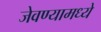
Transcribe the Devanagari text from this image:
जेवण्यामध्ये